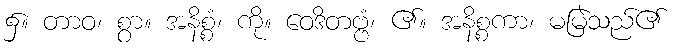
၌။ တာဝ၊ စွာ။ အနိစ္စံ၊ ကို။ ဝေဒိတဗ္ဗံ၊ ၏။ အနိစ္စကာ၊ မမြဲသည်၏